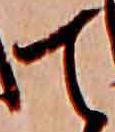
て